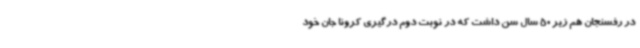
در رفسنجان هم زیر 50 سال سن داشت که در نوبت دوم درگیری کرونا جان خود